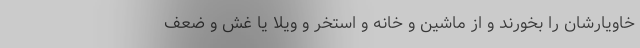
خاویارشان را بخورند و از ماشین و خانه و استخر و ویلا یا غش و ضعف